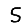
Digit: 5